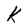
Character: k